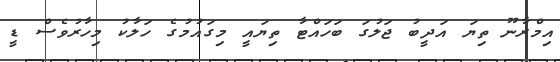
އިމްރާނޫ ތިޔަ އަދީބު ޖަލުގަ ބަހައްޓާ ތިޔައީ މިގައުމުގެ ހަލާކު މިހާރުވެސް ޑީ